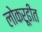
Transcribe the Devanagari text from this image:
लोकरूढीत